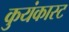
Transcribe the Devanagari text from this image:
कुयंकास्ट